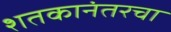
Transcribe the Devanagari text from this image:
शतकानंतरचा